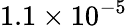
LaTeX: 1.1\times 10^{-5}